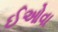
ઈઓવા